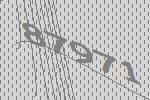
87971